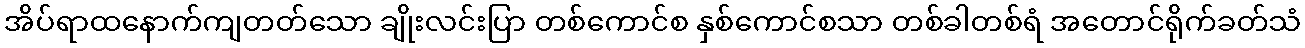
အိပ်ရာထနောက်ကျတတ်သော ချိုးလင်းပြာ တစ်ကောင်စ နှစ်ကောင်စသာ တစ်ခါတစ်ရံ အတောင်ရိုက်ခတ်သံ